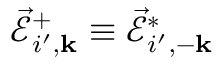
\vec { \mathcal { E } } _ { i ^ { \prime } , { \bf k } } ^ { + } \equiv \vec { \mathcal { E } } _ { i ^ { \prime } , - { \bf k } } ^ { * }